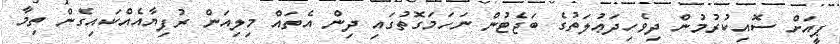
ޕީއަށް ސޮއިކުރުމުން ދިވެހިދަޢުލަތުގެ ބަޖެޓުން ނަހަމަގޮތުގައި ދިން އެތައް މިލިއަން ރުފިޔާއެއްކައިގެން ތިމާ